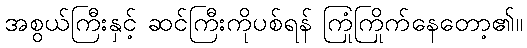
အစွယ်ကြီးနှင့် ဆင်ကြီးကိုပစ်ရန် ကြုံကြိုက်နေတော့၏။